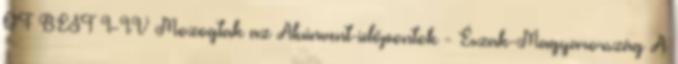
OF BEST I-IV Mozogtak az Aluinvent-időpontok - Észak-Magyarország A